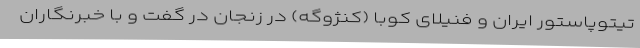
تیتوپاستور ایران و فنیلای کوبا (کنژوگه) در زنجان در گفت و با خبرنگاران